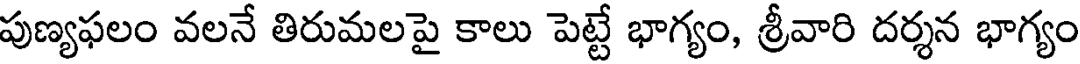
పుణ్యఫలం వలనే తిరుమలపై కాలు పెట్టే భాగ్యం, శ్రీవారి దర్శన భాగ్యం